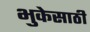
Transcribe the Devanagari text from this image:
भुकेसाठी